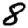
Digit: 8